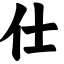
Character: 仕